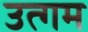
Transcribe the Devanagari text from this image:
उत्गम